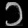
Digit: ၁